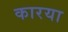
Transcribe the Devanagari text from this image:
कारया